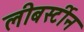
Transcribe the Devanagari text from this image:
लीबर्स्टीन